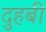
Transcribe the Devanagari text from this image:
दुहबी